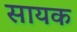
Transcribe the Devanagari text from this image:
सायक